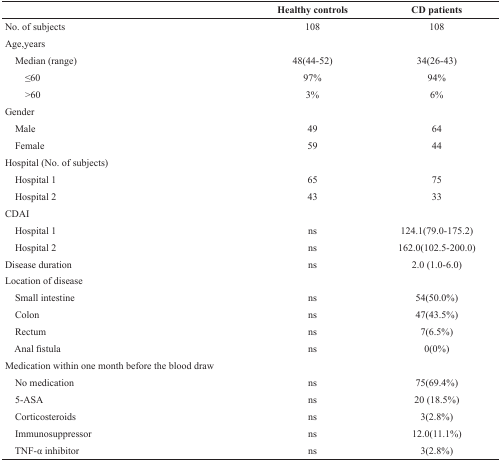
<table><thead><tr><td></td><td><b>Healthy controls</b></td><td><b>CD patients</b></td></tr></thead><tbody><tr><td>No. of subjects</td><td>108</td><td>108</td></tr><tr><td>Age,years</td><td></td><td></td></tr><tr><td> Median (range)</td><td>48(44-52)</td><td>34(26-43)</td></tr><tr><td>≤60</td><td>97%</td><td>94%</td></tr><tr><td>&gt;60</td><td>3%</td><td>6%</td></tr><tr><td>Gender</td><td></td><td></td></tr><tr><td> Male</td><td>49</td><td>64</td></tr><tr><td> Female</td><td>59</td><td>44</td></tr><tr><td>Hospital (No. of subjects)</td><td> </td><td></td></tr><tr><td> Hospital 1</td><td>65</td><td>75</td></tr><tr><td> Hospital 2</td><td>43</td><td>33</td></tr><tr><td>CDAI</td><td></td><td></td></tr><tr><td> Hospital 1</td><td>ns</td><td>124.1(79.0-175.2)</td></tr><tr><td> Hospital 2</td><td>ns</td><td>162.0(102.5-200.0)</td></tr><tr><td>Disease duration</td><td>ns</td><td>2.0 (1.0-6.0)</td></tr><tr><td>Location of disease</td><td></td><td></td></tr><tr><td> Small intestine</td><td>ns</td><td>54(50.0%)</td></tr><tr><td> Colon</td><td>ns</td><td>47(43.5%)</td></tr><tr><td> Rectum</td><td>ns</td><td>7(6.5%)</td></tr><tr><td> Anal fistula</td><td>ns</td><td>0(0%)</td></tr><tr><td>Medication within one month before the blood draw</td><td></td><td></td></tr><tr><td> No medication</td><td>ns</td><td>75(69.4%)</td></tr><tr><td> 5-ASA</td><td>ns</td><td>20 (18.5%)</td></tr><tr><td> Corticosteroids</td><td>ns</td><td>3(2.8%)</td></tr><tr><td> Immunosuppressor</td><td>ns</td><td>12.0(11.1%)</td></tr><tr><td> TNF-α inhibitor</td><td>ns</td><td>3(2.8%)</td></tr></tbody></table>